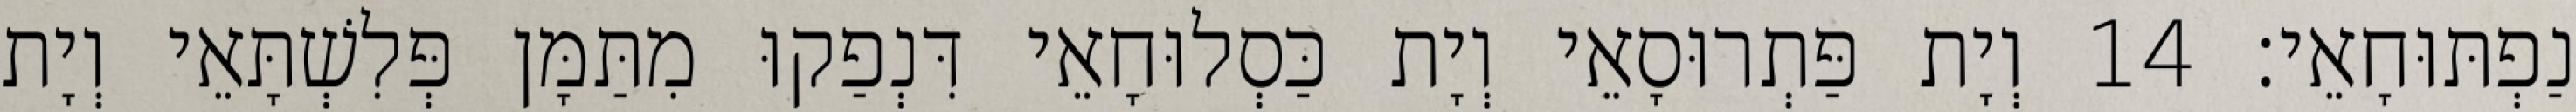
נַפְתּוּחָאֵי׃ 14 וְיָת פַּתְרוּסָאֵי וְיָת כַּסְלוּחָאֵי דִּנְפַקוּ מִתַּמָּן פְּלִשְׁתָּאֵי וְיָת